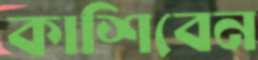
কাশিবেন